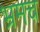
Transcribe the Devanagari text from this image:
भ्रमच